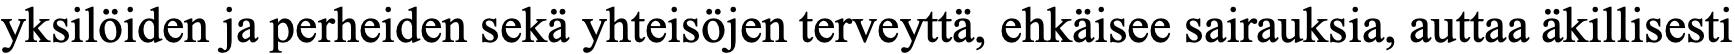
yksilöiden ja perheiden sekä yhteisöjen terveyttä, ehkäisee sairauksia, auttaa äkillisesti